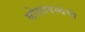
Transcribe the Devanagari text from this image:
कोशावस्थेची